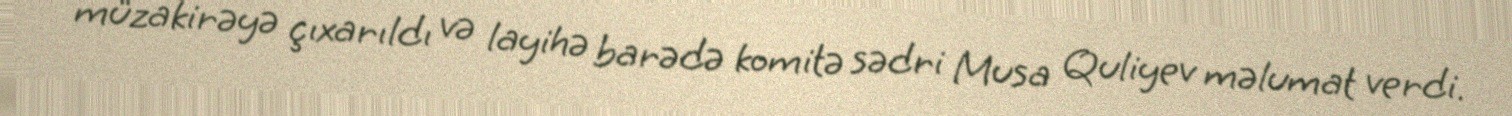
müzakirəyə çıxarıldı və layihə barədə komitə sədri Musa Quliyev məlumat verdi.